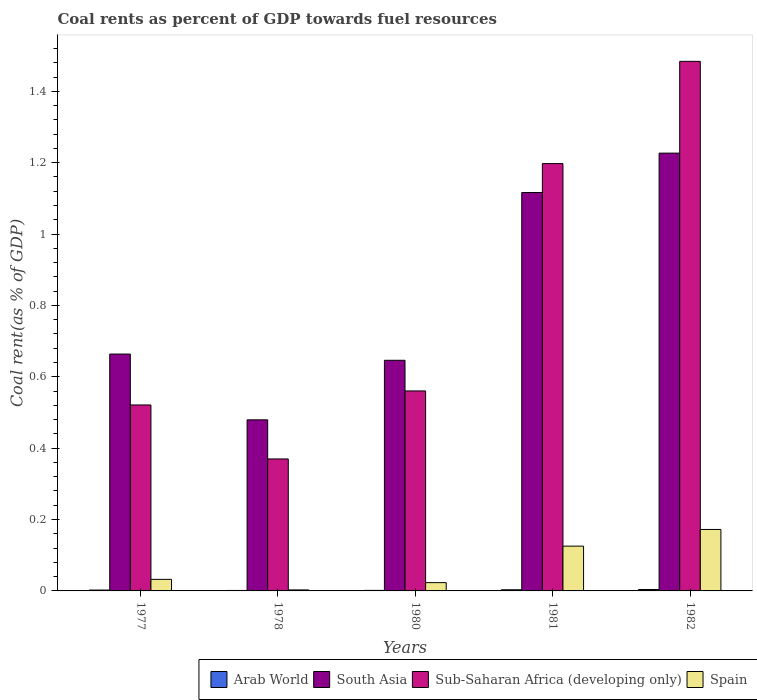
| Years | Arab World | South Asia | Sub-Saharan Africa (developing only) | Spain |
 | --- | --- | --- | --- | --- |
 | 1977 | 0.00244 | 0.664 | 0.521 | 0.0324 |
 | 1978 | 0.00133 | 0.479 | 0.37 | 0.00281 |
 | 1980 | 0.00151 | 0.646 | 0.56 | 0.0232 |
 | 1981 | 0.00321 | 1.12 | 1.2 | 0.125 |
 | 1982 | 0.00391 | 1.23 | 1.48 | 0.172 |